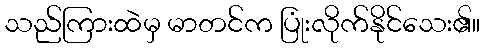
သည်ကြားထဲမှ မာတင်က ပြုံးလိုက်နိုင်သေး၏။